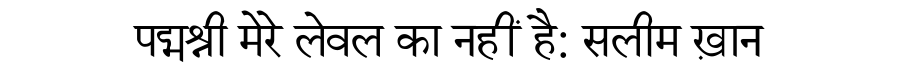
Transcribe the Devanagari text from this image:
पद्मश्री मेरे लेवल का नहीं है: सलीम ख़ान